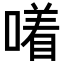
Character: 𪢂